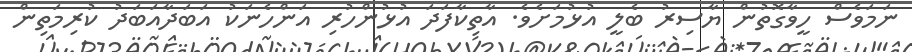
ނަމަވެސް ހީވާގޮތުން ޔާސިރު ބެލީ އުޅުމަށެވެ. އާތިކާފަދަ އުޅުންހުރި އަންހެނަކު އަބަދާއަބަދު ކުރިމަތިން